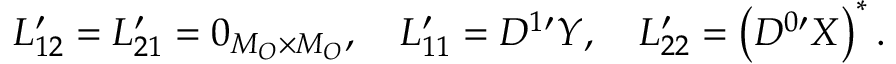
L _ { 1 2 } ^ { \prime } = L _ { 2 1 } ^ { \prime } = 0 _ { M _ { O } \times M _ { O } } , \quad L _ { 1 1 } ^ { \prime } = D ^ { 1 \prime } Y , \quad L _ { 2 2 } ^ { \prime } = \left( D ^ { 0 \prime } X \right) ^ { * } .